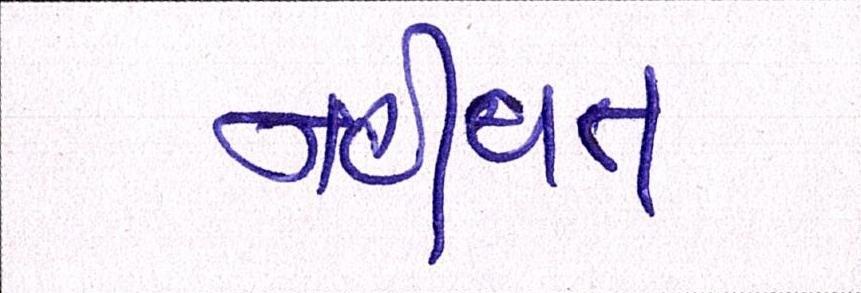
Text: નહીંવત